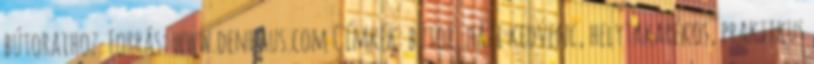
bútoraihoz. Forrás: www.denhaus.com Címkék: bútor, házi kedvenc, helytakarékos, praktikus